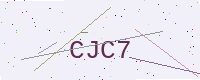
Text: CJC7